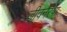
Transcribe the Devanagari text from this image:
जीवनरेषा